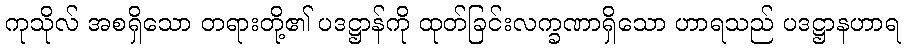
ကုသိုလ် အစရှိသော တရားတို့၏ ပဒဋ္ဌာန်ကို ထုတ်ခြင်းလက္ခဏာရှိသော ဟာရသည် ပဒဋ္ဌာနဟာရ